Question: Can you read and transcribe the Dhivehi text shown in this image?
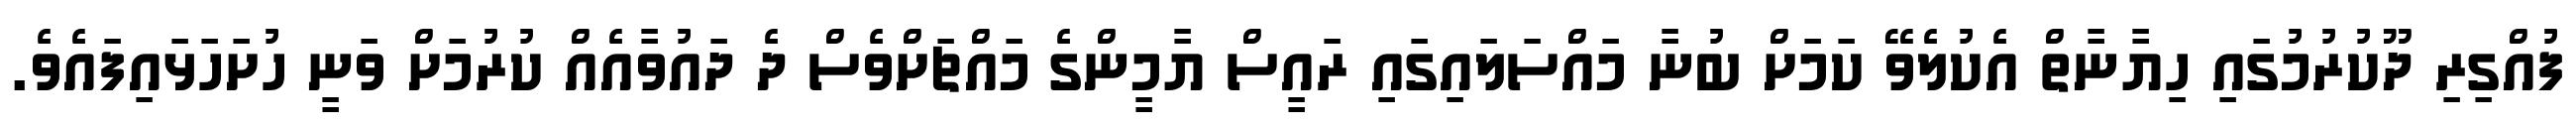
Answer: ފުއްގިރި ދޫކުރުމުގައި ހިޔާނާތް އެކުލެވޭ ކަމަށް ބުނާ މައްސަލައިގައި ރައީސް ޔާމީންގެ މައްޗަށްވެސް ދެ ދައުވާއެއް ކުރުމަށް ވަނީ ހުށަހަޅައިފައެވެ.